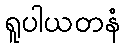
ရူပါယတနံ